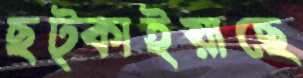
ছট্‌কাইয়াছে